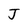
Character: J